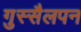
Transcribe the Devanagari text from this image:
गुस्सैलपन